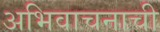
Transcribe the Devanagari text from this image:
अभिवाचनाची